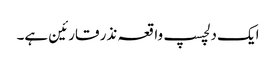
ایک دلچسپ واقعہ نذر قارئین ہے۔